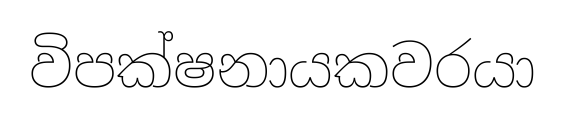
විපක්ෂනායකවරයා